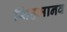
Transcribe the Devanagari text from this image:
सिंहमानव